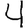
Digit: 4